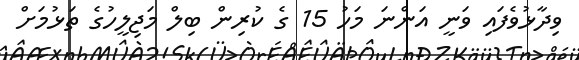
ވިދާޅުވެފައި ވަނީ އަންނަ މަހު 15 ގެ ކުރިން ބިލް މަޖިލީހުގެ ތަޅުމަށް